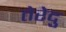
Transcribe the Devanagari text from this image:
तेरेदु